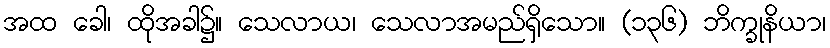
အထ ခေါ၊ ထိုအခါ၌။ သေလာယ၊ သေလာအမည်ရှိသော။ (၁၃၆) ဘိက္ခုနိယာ၊